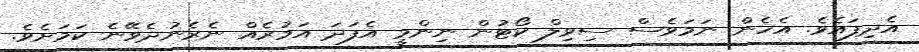
އެދިފައެވެ. އެހެން ނަމަވެސް ސިވިލް ކޯޓުން ނިންމީ އެފަދަ އަމުރެއް ނެރެނުދެވޭނެ ކަމަށެވެ.